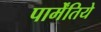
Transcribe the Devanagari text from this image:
पार्मेंतिये